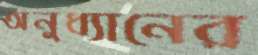
অনুধ্যানের